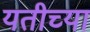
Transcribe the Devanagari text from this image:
यतीच्या